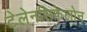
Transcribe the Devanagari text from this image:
टेलेनसिफेलोन